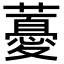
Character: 𧀥